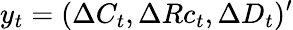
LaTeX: y_{t}=(\Delta C_{t},\Delta Rc_{t},\Delta D_{t})^{\prime}